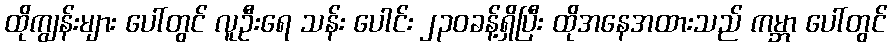
ထိုကျွန်းများ ပေါ်တွင် လူဦးရေ သန်း ပေါင်း ၂၃၀ခန့်ရှိပြီး ထိုအနေအထားသည် ကမ္ဘာ ပေါ်တွင်